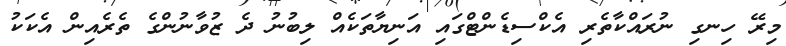
މިރޭ ހިނގި ނުރައްކާތެރި އެކްސިޑެންޓްގައި އަނިޔާތަކެއް ލިބުނު ދެ ޒުވާނުންގެ ތެރެއިން އެކަކު